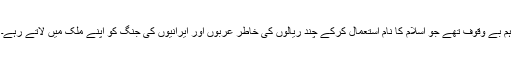
ہم بے وقوف تھے جو اسلام کا نام استعمال کرکے چند ریالوں کی خاطر عربوں اور ایرانیوں کی جنگ کو اپنے ملک میں لاتے رہے۔